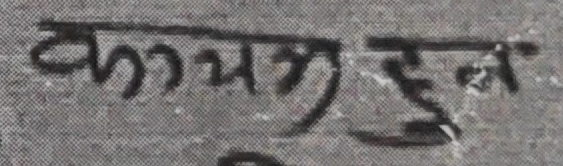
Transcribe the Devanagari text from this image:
कम्महुन